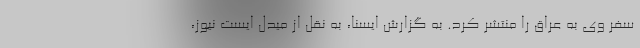
سفر وی به عراق را منتشر کرد. به گزارش ایسنا، به نقل از میدل ایست نیوز،